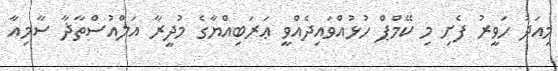
މިއަދު ހަވީރު ފެށި މި ކޭމްޕް ހުޅުއްވައިދެއްވީ ޢަރަބިއްޔާގެ މުދީރާ އަލްއުސްތާޛާ ސާމިއާ